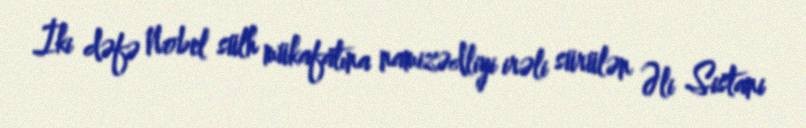
İki dəfə Nobel sülh mükafatına namizədliyi irəli sürülən Əli Sistani